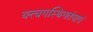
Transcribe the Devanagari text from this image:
यत्त्वगस्थिगतंपापं